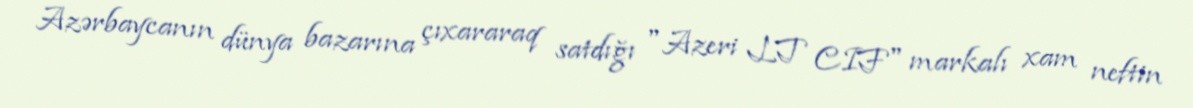
Azərbaycanın dünya bazarına çıxararaq satdığı "Azeri LT CIF" markalı xam neftin